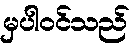
မှပါဝင်သည်